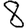
Digit: 8